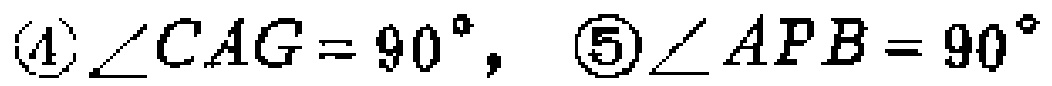
\(\textcircled{4}\angle CAG = 90^{\circ},\textcircled{5}\angle APB = 90^{\circ}\)